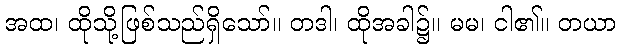
အထ၊ ထိုသို့ဖြစ်သည်ရှိသော်။ တဒါ၊ ထိုအခါ၌။ မမ၊ ငါ၏။ တယာ